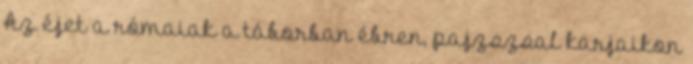
Az éjet a rómaiak a táborban ébren, pajzszsal karjaikon